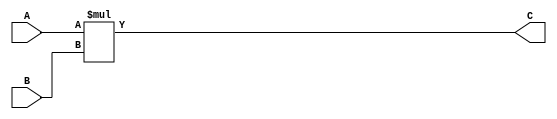
`timescale 1ns / 1ps
//////////////////////////////////////////////////////////////////////////////////
// Company: 
// Engineer: 
// 
// Design Name: 
// Module Name: Multiplier
// Project Name: 
// Target Devices: 
// Tool Versions: 
// Description: 
// 
// Dependencies: 
// 
// Revision:
// Revision 0.01 - File Created
// Additional Comments:
// 
//////////////////////////////////////////////////////////////////////////////////

(* use_dsp = "yes" *)
module Multiplier(
    input [5:0] A,
    input [5:0] B,
    output [11:0] C
    );
    assign C = A * B;
endmodule